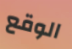
الوقع